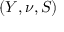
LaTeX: ( Y , \nu , S )